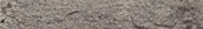
محلات الملابس الرجالية وا